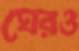
ঘেরও